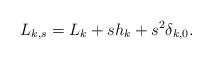
LaTeX: \begin{align*}L_{k,s}=L_k+sh_k+s^2\delta_{k,0}.\end{align*}